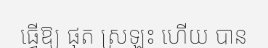
ធ្វើឱ្យ ផុត ស្រឡះ ហើយ បាន